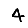
Digit: 4